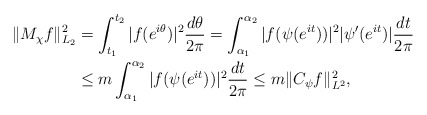
\begin{align*}\| M_{\chi} f \|_{L_2}^{2} &= \int_{t_1}^{t_2} |f(e^{i\theta})|^2 \frac{d\theta}{2\pi}= \int_{\alpha_1}^{\alpha_2} |f(\psi(e^{it}))|^2 |\psi'(e^{it})| \frac{dt}{2\pi} \\&\leq m \int_{\alpha_1}^{\alpha_2} |f(\psi(e^{it}))|^2 \frac{dt}{2\pi} \leq m \| C_\psi f \|^2_{L^2},\end{align*}